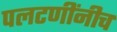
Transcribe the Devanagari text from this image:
पलटणींनीच